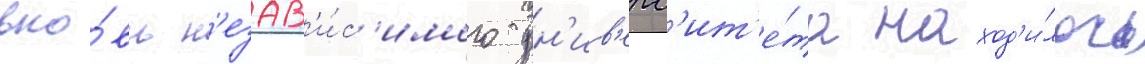
вно́вь н'езав'и́с'имого ун'ив'ерс'ит'е́та наход'и́лось